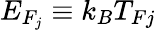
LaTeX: E_{F_{j}}\equiv k_{B}T_{Fj}